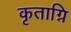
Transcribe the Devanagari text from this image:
कृताग्नि